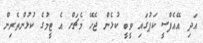
އަދި އޭއެފްސީ ކަޕުގައި ވީބީ ކުޅެން ޖެހޭ މެޗަށް އެ ޓީމުގެ ކުޅުންތެރިން